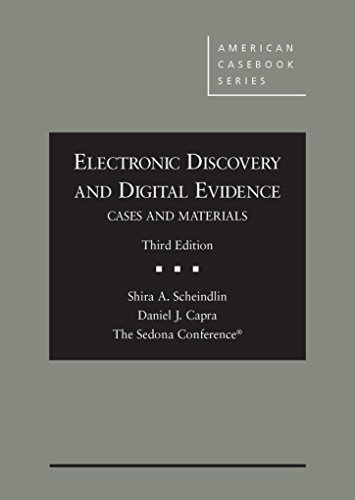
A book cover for Electronic Discovery and Digital Evidence, Cases and Materials (American Casebook Series); Shira Scheindlin; Law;